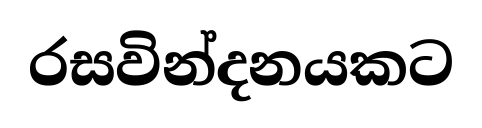
රසවින්දනයකට